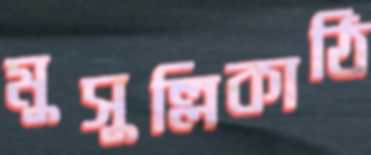
মুসুল্লিকাঠি